Vital statistics of India. Vol. IV, Annual returns from 1871 to 1876. British Army of India, Native Army and jails of Bengal
Year: 1871
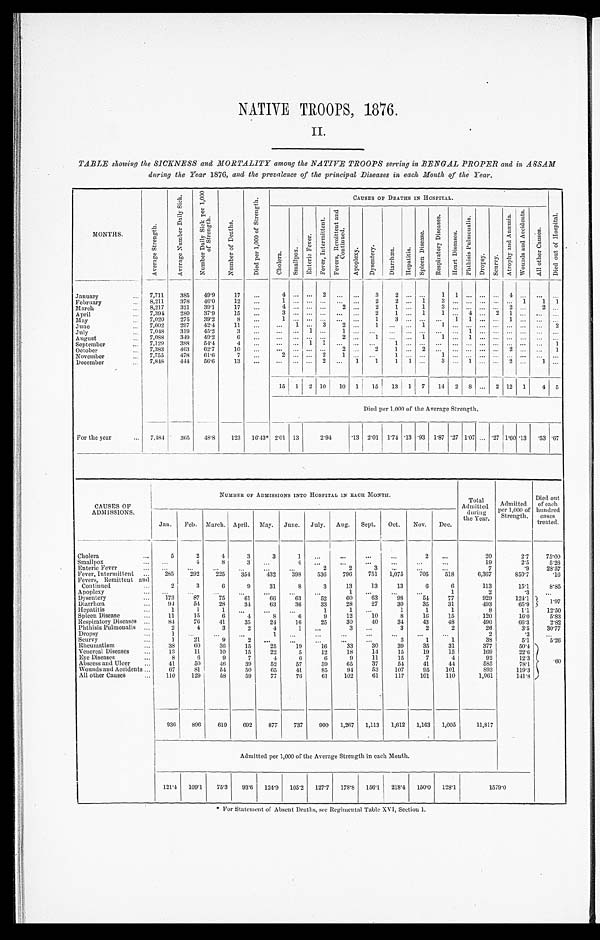
NATIVE TROOPS, 1876.
II.
TABLE showing the SICKNESS and MORTALITY among the NATIVE TROOPS serving in BENGAL PROPER and in ASSAM
during the Year 1876, and the prevalence of the principal Diseases in each Month of the Year.
M O N T H S .
A v e r a g e S t r e n g t h .
A v e r a g e N u m b e r D a i l y S i c k .
N u m b e r D a i l y S i c k p e r 1 , 0 0 0
o f S t r e n g t h .
N u m b e r o f D e a t h s .
D i e d p e r 1 , 0 0 0 o f S t r e n g t h .
C A U S E S O F D E A T H S I N H O S P I T A L .
D i e d o u t o f H o s p i t a l .
Ch o l e r a .
S ma l l p o x .
E n t e r i c F e v e r .
F e v e r , I n t e r m i t t e n t .
F e v e r s , R e m i t t e n t a n d
C o n t i n u e d .
A p o p l e x y . Dy s e n t e r y . D i a r r h œ a . H e p a t i t i s .
S p l e e n D i s e a s e .
R e s p i r a t o r y D i s e a s e s .
H e a r t D i s e a s e s .
P h t h i s i s P u l m o n a l i s .
Dr o p s y . S c u r v y .
A t r o p h y a n d A n æ m i a . W o u n d s a n d A c c i d e n t s .
All other Causes.
7,711 385 49.9 17
4
2
3 2
1
1
4
January February
8,211 378 46.0 12
1
2 2
1 3
1
1 1
March
8,217 321 39.1
17
4
2
2
1
1
3
2
2
April
7,394 280 37.9 15
3
2
1
1
1 4
2 1
May
7,020 275 39.2
8
1
1
3
1 1
1
June
7,002 297 42.4 11
1
3 2
1
1
1
2
July
7,048 319 45.2
3
1
1
1
August
7,088 349 49.2
6
2
1
1
1 1
September
7,129 388 54.4
4
1 1
1
1
October
7,383 463 62.7
10
2
2
1
2
2
1
November
7,755 478 61.6
7
2
2
1
1
1
December
7,848 444 56.6 13
2
1 1
1 1
3 1
2
1
15 1 2 10 10 1 15 13 1 7 14 2 8
2 12 1 4 5
Di e d p e r 1 , 0 0 0 o f t h e Av e r a g e S t r e n g t h .
For the year
7,484 365 48.8 123 16.43* 2.01 13
2 . 9 4
.13 2.01 1.74 .13 .93 1.87 .27 1.07 .27 1.60 .13 .53 .67
CAUSES OF
ADMISSIONS.
NUMBER OF ADMISSIONS INTO HOSPITAL IN EACH MONTH.
Total
Admitted during
the Year.
Admitted
per 1,000 of
Strength.
Died out
of each
hundred cases
treated.
Jan. Feb. March. April. May. June. July. Aug. Sept. Oct. Nov. Dec.
Cholera
5
2
4
3
1
2
20
2.7
75.00
3
Smallpox
4
8
3
4
19
2.5
5.26
Enteric Fever
2
2
3
7
.9
28.57
Fever, Intermittent
285 292 225 354 432 398 536 796 751 1,075 705 518
6,367
850.7
.16
Fevers, Remittent and
Continued
2
3
6
9
31
8
3
13
13
13
6
6
113
15.1
8.85
Apoplexy
1
1
2
.3
Dysentery
173
87
75
61
66
63
52
60
63
98 54 77
929
124.1
1.97
D i a r r h œ a 94
54 28
34 63
36
33
28
27
30
35
31
493
65.9
Hepatitis
1
1
1
1
1
1
1
1
8
1.1
12.50
Spleen Disease
11
15
6
4
8
6
9
12
10
8
16 15
120
16.0
5.83
Respiratory Diseases
84
76
41
35
24 16
25
30
40
34
43
48
496
66.3
2.82
Phthisis Pulmonalis
2
4
3
2
4
1
3
3
2
2
26
3.5 30.77
Dropsy
1
1
2
.3
Scurvy
1
21
9
2
3
1
1
38
5.1
5.26
Rheumatism
38
60
3 6 15
25
19
16
33
30
39
35
31
377
50.4
. 6 0
Venereal Diseases
13
1 1 10
15
22
5
12
18
14
15
19
15
169
22.6
Eye Diseases
8
6
9
7
4
6
6
9
11
15
7
4
92
12.3
Abscess and Ulcer
41
50
46
39
52
57
59
65
37
54
41
44
585
78.1
Wounds and Accidents
67
81
54
50
65
41
85
94
53 107
95 101
893
119.3
All other Causes
110 129
58
59
77
76 61 102
61 117 101 110
1,061
141.8
936 896 619 692 877 737 900 1,267 1,113 1,612 1,163 1,005
11,817
Admitted per 1,000 of the Average Strength in each Month.
121.4 109.1 75.3 93.6 124.9 105.2 127.7 178.8 156.1 218.4 150.0 128.1
1 5 7 9 . 0
* F o r S t a t e m e n t o f A b s e n t D e a t h s , s e e R e g i m e n t a l T a b l e X V I , S e c t i o n 1 .